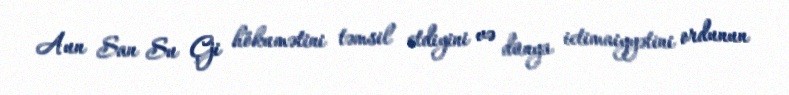
Aun San Su Çji hökumətini təmsil etdiyini və dünya ictimaiyyətini ordunun